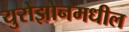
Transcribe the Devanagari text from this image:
युरोझोनमधील